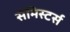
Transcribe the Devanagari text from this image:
सेमिस्टर्स